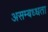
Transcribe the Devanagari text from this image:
असम्बध्धता